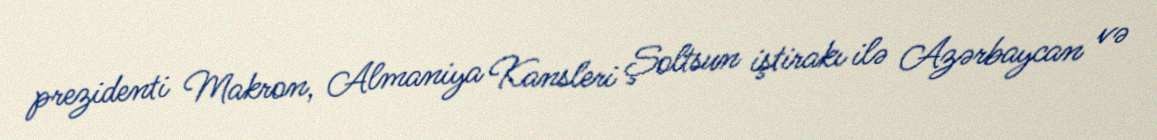
prezidenti Makron, Almaniya Kansleri Şoltsun iştirakı ilə Azərbaycan və